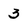
Character: 3